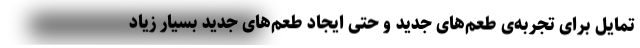
تمایل برای تجربه‌ی طعم‌های جدید و حتی ایجاد طعم‌های جدید بسیار زیاد